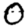
Digit: 0